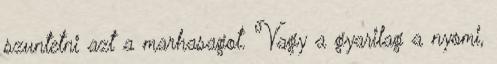
szuntetni azt a marhasagot. Vagy a gyarilag a nyomi,